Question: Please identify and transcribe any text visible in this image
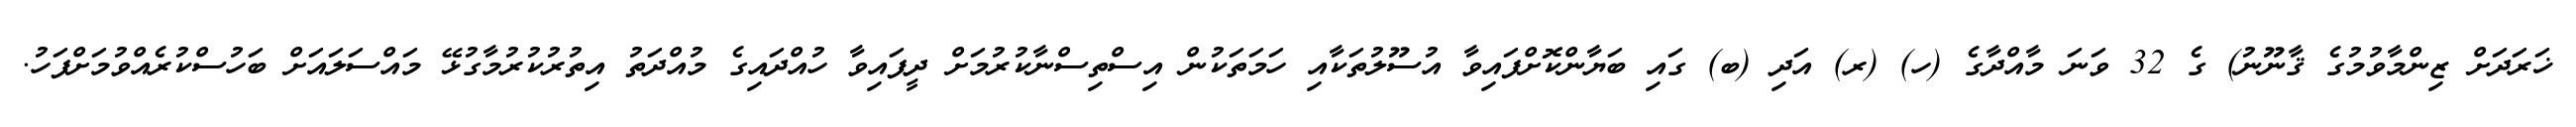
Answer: ޚަރަދަށް ޒިންމާވުމުގެ ޤާނޫނު) ގެ 32 ވަނަ މާއްދާގެ (ހ) (ރ) އަދި (ބ) ގައި ބަޔާންކޮށްފައިވާ އުސޫލުތަކާއި ހަމަތަކުން އިސްތިސްނާކުރުމަށް ދީފައިވާ ހުއްދައިގެ މުއްދަތު އިތުރުކުރުމާގުޅޭ މައްސަލައަށް ބަހުސްކުރެއްވުމަށްފަހު.